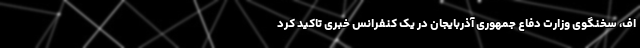
اف، سخنگوی وزارت دفاع جمهوری آذربایجان در یک کنفرانس خبری تاکید کرد